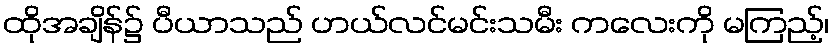
ထိုအချိန်၌ ပီယာသည် ဟယ်လင်မင်းသမီး ကလေးကို မကြည့်၊